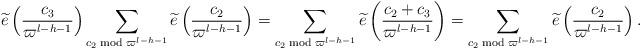
LaTeX: \begin{align*} \widetilde{e} \left( \frac{c_3}{\varpi^{l-h-1}} \right) \sum_{c_2 \bmod {\varpi^{l-h-1}}}\widetilde{e} \left( \frac{c_2}{\varpi^{l-h-1}} \right)=\sum_{c_2 \bmod {\varpi^{l-h-1}}}\widetilde{e} \left( \frac{c_2+c_3}{\varpi^{l-h-1}} \right)=\sum_{c_2 \bmod {\varpi^{l-h-1}}}\widetilde{e} \left( \frac{c_2}{\varpi^{l-h-1}} \right).\end{align*}